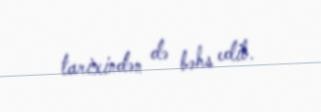
tarixindən də bəhs edib.